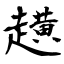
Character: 趪